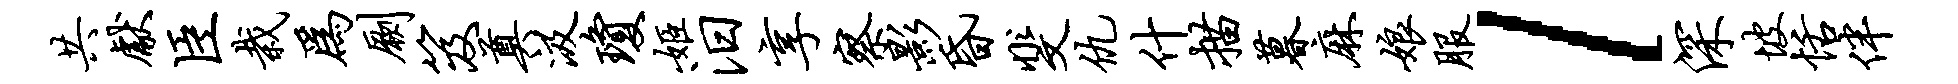
共献臣栽为劂笈奠汲琼姬汨享察影昏斐仇什描暮麻娘服l深坡恬伴